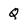
Character: Q